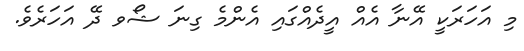
މި އަހަރަކީ އޭނާ އެއް އީދެއްގައި އެންމެ ގިނަ ޝޯވ ދޭ އަހަރެވެ.